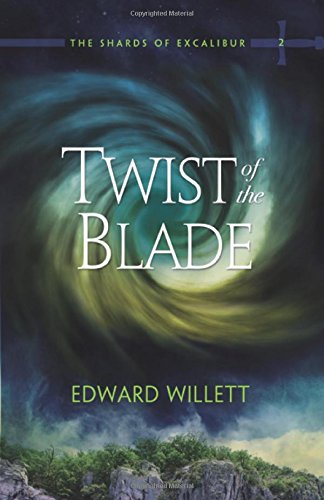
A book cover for Twist of the Blade: The Shards of Excalibur Book 2; Edward Willett; Children's Books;